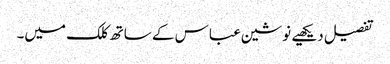
تفصیل دیکھیے نوشین عباس کے ساتھ کلک میں۔